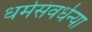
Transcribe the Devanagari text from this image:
धर्मसंवर्धन्या